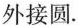
外接圆。